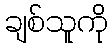
ချစ်သူကို